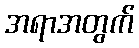
အရာအတွက်